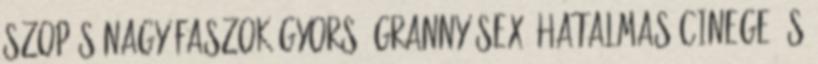
szopás nagy faszok gyors, granny sex, hatalmas cinege és